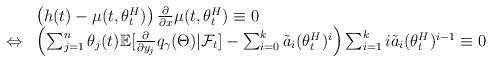
LaTeX: \begin{align*}\begin{array}{rl}& \left( h(t) - \mu(t,\theta^H_t) \right)\frac{\partial}{\partial x}\mu(t,\theta^H_t) \equiv 0 \\\Leftrightarrow & \left( \sum_{j=1}^n\theta_j(t)\mathbb{E}[\frac{\partial}{\partial y_j}q_{\gamma}(\Theta)|\mathcal{F}_t] - \sum_{i=0}^k\tilde{a}_i (\theta^H_t)^i \right)\sum_{i=1}^k i\tilde{a}_i (\theta^H_t)^{i-1} \equiv 0 \end{array}\end{align*}